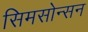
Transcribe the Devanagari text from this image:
सिमसोन्सन